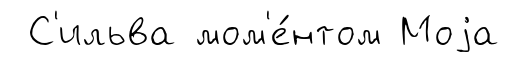
С'ильва мом'е́нтом Моjа